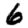
Digit: 6